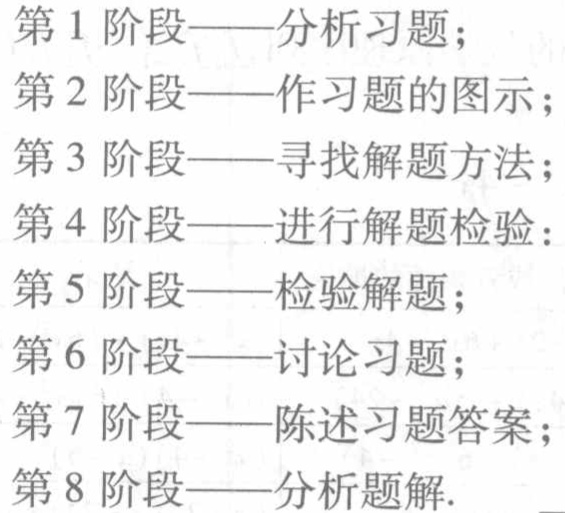
第1阶段——分析习题；

第2阶段——作习题的图示；

第3阶段——寻找解题方法；

第4阶段——进行解题检验：

第5阶段——检验解题；

第6阶段——讨论习题；

第7阶段——陈述习题答案；

第8阶段——分析题解.